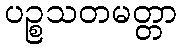
ပဉ္စသတမတ္တာ